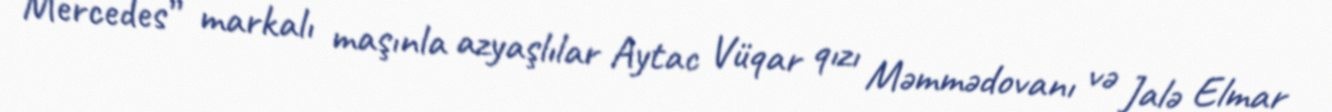
“Mercedes” markalı maşınla azyaşlılar Aytac Vüqar qızı Məmmədovanı və Jalə Elmar